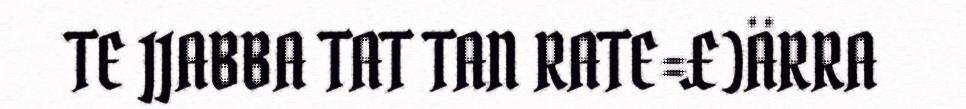
TE JJABBA TAT TAN RATE=£)ÄRRA